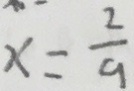
x = \frac { 2 } { 9 }